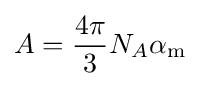
A={\frac {4\pi }{3}}N_{A}\alpha _{\mathrm {m} }